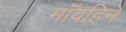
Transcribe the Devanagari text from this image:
मॉवहिने